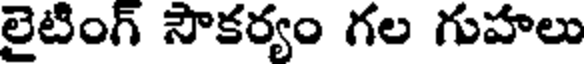
లైటింగ్ సౌకర్యం గల గుహలు